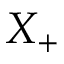
X _ { + }